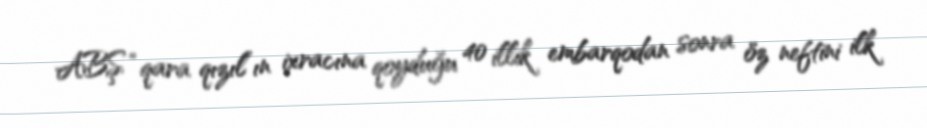
ABŞ “qara qızıl”ın ixracına qoyduğu 40 illik embarqodan sonra öz neftini ilk